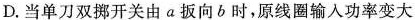
D.当单刀双挪开关由α扳向b时，原线圈输入功率变大